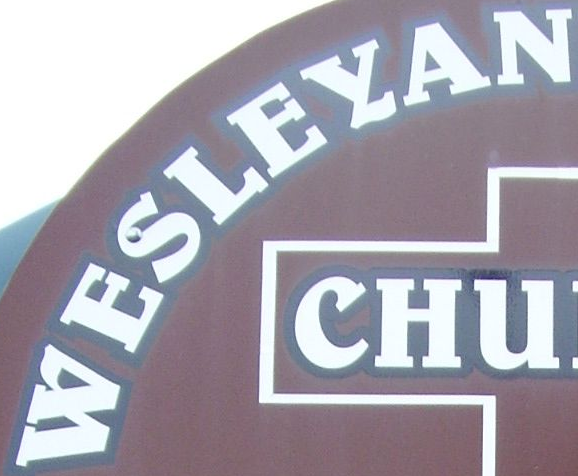
WESLEYAN